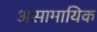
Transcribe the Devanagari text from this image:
असामायिक